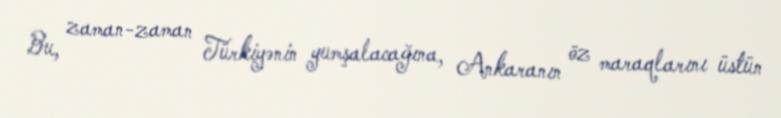
Bu, zaman-zaman Türkiyənin yumşalacağına, Ankaranın öz maraqlarını üstün